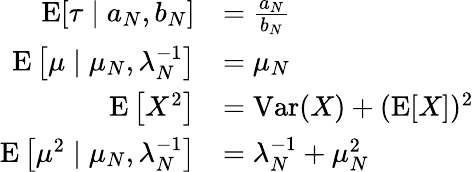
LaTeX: {\begin{array}{rl}{\operatorname{E}[\tau\mid a_{N},b_{N}]}&{={\frac{a_{N}}{b_{N}}}}\\ {\operatorname{E}\left[\mu\mid\mu_{N},\lambda_{N}^{-1}\right]}&{=\mu_{N}}\\ {\operatorname{E}\left[X^{2}\right]}&{=\operatorname{Var}(X)+(\operatorname{E}[X])^{2}}\\ {\operatorname{E}\left[\mu^{2}\mid\mu_{N},\lambda_{N}^{-1}\right]}&{=\lambda_{N}^{-1}+\mu_{N}^{2}}\end{array}}